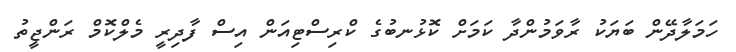
ހަމަލާދޭން ބަޔަކު ރާވަމުންދާ ކަމަށް ކޮޅުނބުގެ ކްރިސްޓިއަން އިސް ފާދިރީ މެލްކޮމް ރަންޖީތު